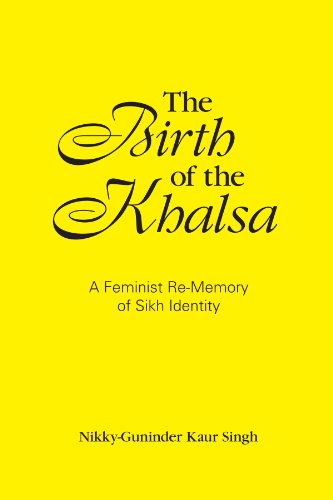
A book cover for The Birth of the Khalsa: A Feminist Re-Memory of Sikh Identity (SUNY Series in Religious Studies); Nikky-Guninder Kaur Singh; Religion & Spirituality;